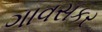
ગાવસકર